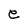
Character: e